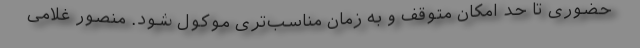
حضوری تا حد امکان متوقف و به زمان مناسب‌تری موکول شود. منصور غلامی